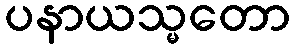
ပနာယသ္မတော